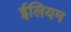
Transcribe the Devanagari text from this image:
ईलियम